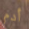
أدم